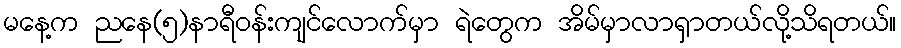
မနေ့က ညနေ(၅)နာရီဝန်းကျင်လောက်မှာ ရဲတွေက အိမ်မှာလာရှာတယ်လို့သိရတယ်။